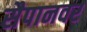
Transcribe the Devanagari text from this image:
सैपानवर